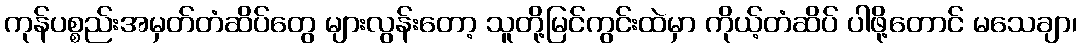
ကုန်ပစ္စည်းအမှတ်တံဆိပ်တွေ များလွန်းတော့ သူတို့မြင်ကွင်းထဲမှာ ကိုယ့်တံဆိပ် ပါဖို့တောင် မသေချာ၊